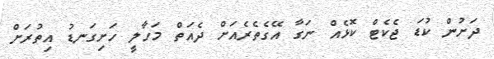
ދަށުން ކުޑަ ޖެކެޓް ކޮޅެއް ނަގާ އޭގެތެރެއަށް ދެއަތް މަހާލީ ހަށިގަނޑު އިތުރަށް